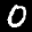
Label: 0